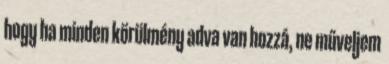
hogy ha minden körülmény adva van hozzá, ne műveljem